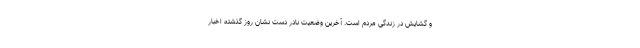
و گشایش در زندگی مردم است. آخرین وضعیت نادر دست نشان روز گذشته اخبار